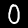
Label: 0